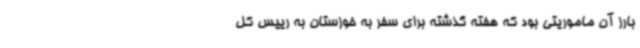
بارز آن ماموریتی بود که هفته گذشته برای سفر به خوزستان به رییس کل